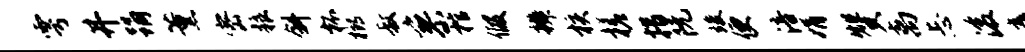
雩井踊薰密粮斜杯榔叔寥棺假辨核槎措阮竣便涪娟赞离忐浚矗